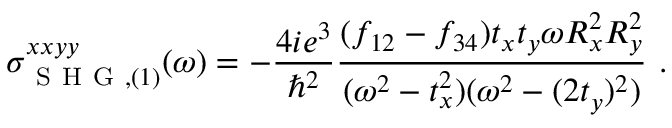
\sigma _ { \mathrm { ~ S ~ H ~ G ~ } , ( 1 ) } ^ { x x y y } ( \omega ) = - \frac { 4 i e ^ { 3 } } { \hslash ^ { 2 } } \frac { ( f _ { 1 2 } - f _ { 3 4 } ) t _ { x } t _ { y } \omega R _ { x } ^ { 2 } R _ { y } ^ { 2 } } { ( \omega ^ { 2 } - t _ { x } ^ { 2 } ) ( \omega ^ { 2 } - ( 2 t _ { y } ) ^ { 2 } ) } \mathrm { ~ . ~ }